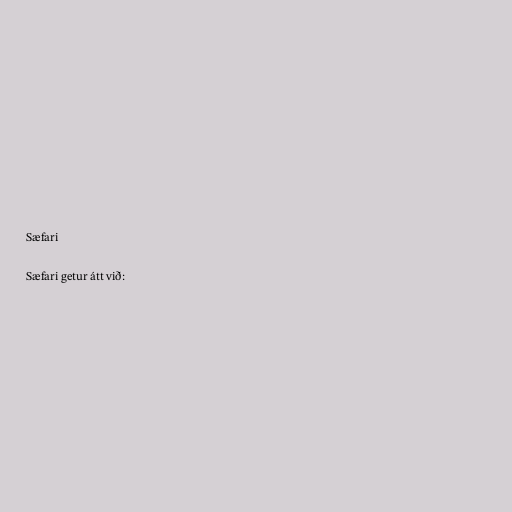
Sæfari

Sæfari getur átt við: